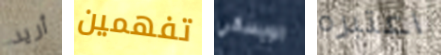
أريد تفهمين الويسكي اعتبره